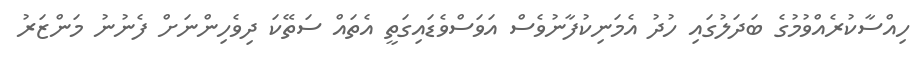
ހިއްސާކުރެއްވުމުގެ ބަދަލުގައި ހުދު އެމަނިކުފާނުވެސް އަވަސްވެޑައިގަތީ އެތައް ސަތޭކަ ދިވެހިންނަށް ފެނުނު މަންޒަރު